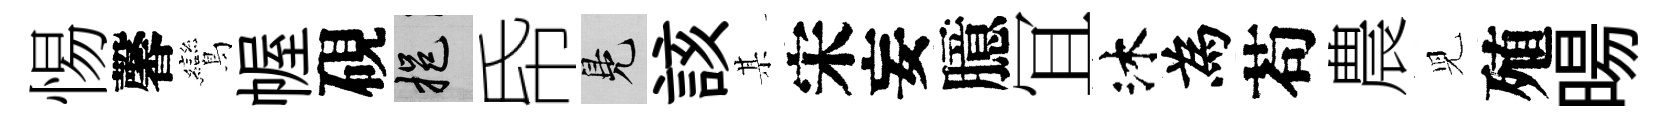
惕馨鸞幄硯挹帋鳬該某宋妄臆冝沐為苟農児殖暘